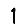
Digit: 1